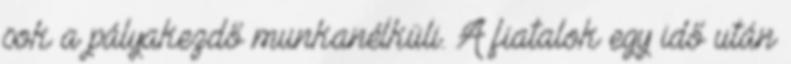
sok a pályakezdő munkanélküli. A fiatalok egy idő után